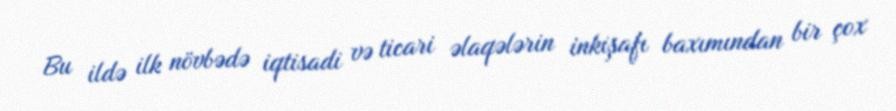
Bu ildə ilk növbədə iqtisadi və ticari əlaqələrin inkişafı baxımından bir çox